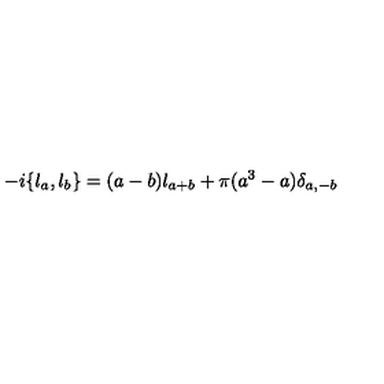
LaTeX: - i \{ \l _ { a } , \l _ { b } \} = ( a - b ) \l _ { a + b } + \pi ( a ^ { 3 } - a ) \delta _ { a , - b }